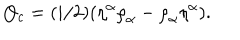
Q _ { c } = ( i / 2 ) ( { \eta } ^ { \alpha } { \rho } _ { \alpha } - { \rho } _ { \alpha } { \eta } ^ { \alpha } ) .